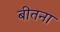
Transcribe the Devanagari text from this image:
बीतना